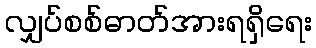
လျှပ်စစ်ဓာတ်အားရရှိရေး